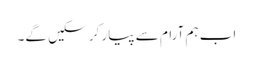
اب ہم آرام سے پیار کر سکیں گے۔